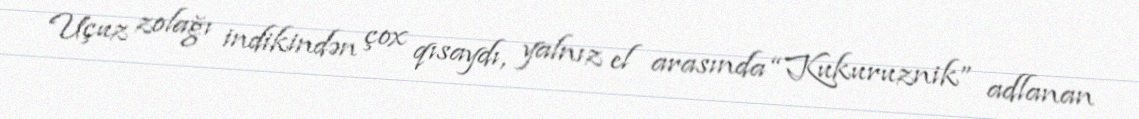
Uçuz zolağı indikindən çox qısaydı, yalnız el arasında “Kukuruznik” adlanan